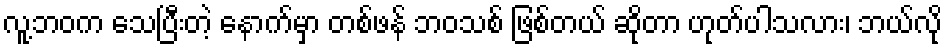
လူ့ဘဝက သေပြီးတဲ့ နောက်မှာ တစ်ဖန် ဘဝသစ် ဖြစ်တယ် ဆိုတာ ဟုတ်ပါသလား၊ ဘယ်လို